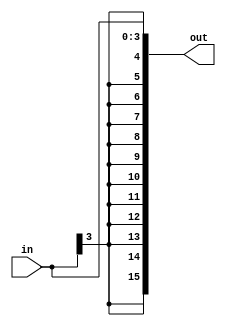
module SignExt(in, out);

    parameter bit = 4;

    input  [bit-1:0] in;
    output [15:0] out;

    assign out = {{(16-bit){in[bit-1]}}, in[bit-1:0]};

endmodule